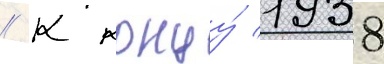
// К концу́ 1938